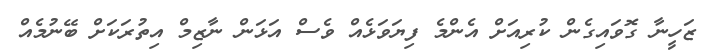
ޒަހީނާ ގޮވައިގެން ކުރިއަށް އެންމެ ފިޔަވަޅެއް ވެސް އަޅަން ނާޒިމް އިތުރަކަށް ބޭނުމެއް